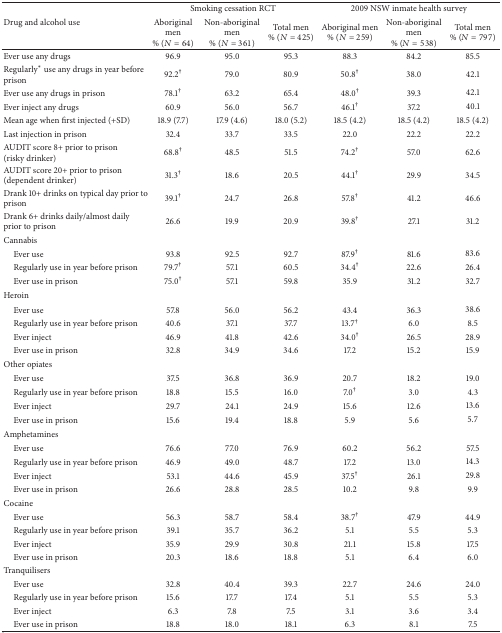
<table><thead><tr><td rowspan="2"><b>Drug and alcohol use </b></td><td colspan="3"><b>Smoking cessation RCT</b></td><td colspan="3"><b>2009 NSW inmate health survey</b></td></tr><tr><td><b>Aboriginal men % (<i>N</i> = 64)</b></td><td><b>Non-aboriginal men % (<i>N</i> = 361)</b></td><td><b>Total men% (<i>N</i> = 425)</b></td><td><b>Aboriginal men % (<i>N</i> = 259)</b></td><td><b>Non-aboriginal men % (<i>N</i> = 538)</b></td><td><b>Total men% (<i>N</i> = 797)</b></td></tr></thead><tbody><tr><td>Ever use any drugs</td><td>96.9</td><td>95.0</td><td>95.3</td><td>88.3</td><td>84.2</td><td>85.5</td></tr><tr><td>Regularly* use any drugs in year before prison</td><td>92.2<sup>†</sup></td><td>79.0</td><td>80.9</td><td>50.8<sup>†</sup></td><td>38.0</td><td>42.1</td></tr><tr><td>Ever use any drugs in prison</td><td>78.1<sup>†</sup></td><td>63.2</td><td>65.4</td><td>48.0<sup>†</sup></td><td>39.3</td><td>42.1</td></tr><tr><td>Ever inject any drugs</td><td>60.9</td><td>56.0</td><td>56.7</td><td>46.1<sup>†</sup></td><td>37.2</td><td>40.1</td></tr><tr><td>Mean age when first injected (+SD)</td><td>18.9 (7.7)</td><td>17.9 (4.6)</td><td>18.0 (5.2)</td><td>18.5 (4.2)</td><td>18.5 (4.2)</td><td>18.5 (4.2)</td></tr><tr><td>Last injection in prison</td><td>32.4</td><td>33.7</td><td>33.5</td><td>22.0</td><td>22.2</td><td>22.2</td></tr><tr><td>AUDIT score 8+ prior to prison (risky drinker)</td><td>68.8<sup>†</sup></td><td>48.5</td><td>51.5</td><td>74.2<sup>†</sup></td><td>57.0</td><td>62.6</td></tr><tr><td>AUDIT score 20+ prior to prison (dependent drinker)</td><td>31.3<sup>†</sup></td><td>18.6</td><td>20.5</td><td>44.1<sup>†</sup></td><td>29.9</td><td>34.5</td></tr><tr><td>Drank 10+ drinks on typical day prior to prison</td><td>39.1<sup>†</sup></td><td>24.7</td><td>26.8</td><td>57.8<sup>†</sup></td><td>41.2</td><td>46.6</td></tr><tr><td>Drank 6+ drinks daily/almost daily prior to prison</td><td>26.6</td><td>19.9</td><td>20.9</td><td>39.8<sup>†</sup></td><td>27.1</td><td>31.2</td></tr><tr><td>Cannabis</td><td> </td><td> </td><td> </td><td> </td><td> </td><td> </td></tr><tr><td> Ever use</td><td>93.8</td><td>92.5</td><td>92.7</td><td>87.9<sup>†</sup></td><td>81.6</td><td>83.6</td></tr><tr><td> Regularly use in year before prison</td><td>79.7<sup>†</sup></td><td>57.1</td><td>60.5</td><td>34.4<sup>†</sup></td><td>22.6</td><td>26.4</td></tr><tr><td> Ever use in prison</td><td>75.0<sup>†</sup></td><td>57.1</td><td>59.8</td><td>35.9</td><td>31.2</td><td>32.7</td></tr><tr><td>Heroin</td><td> </td><td> </td><td> </td><td> </td><td> </td><td> </td></tr><tr><td> Ever use</td><td>57.8</td><td>56.0</td><td>56.2</td><td>43.4</td><td>36.3</td><td>38.6</td></tr><tr><td> Regularly use in year before prison</td><td>40.6</td><td>37.1</td><td>37.7</td><td>13.7<sup>†</sup></td><td>6.0</td><td>8.5</td></tr><tr><td> Ever inject</td><td>46.9</td><td>41.8</td><td>42.6</td><td>34.0<sup>†</sup></td><td>26.5</td><td>28.9</td></tr><tr><td> Ever use in prison</td><td>32.8</td><td>34.9</td><td>34.6</td><td>17.2</td><td>15.2</td><td>15.9</td></tr><tr><td>Other opiates</td><td> </td><td> </td><td> </td><td> </td><td> </td><td> </td></tr><tr><td> Ever use</td><td>37.5</td><td>36.8</td><td>36.9</td><td>20.7</td><td>18.2</td><td>19.0</td></tr><tr><td> Regularly use in year before prison</td><td>18.8</td><td>15.5</td><td>16.0</td><td>7.0<sup>†</sup></td><td>3.0</td><td>4.3</td></tr><tr><td> Ever inject</td><td>29.7</td><td>24.1</td><td>24.9</td><td>15.6</td><td>12.6</td><td>13.6</td></tr><tr><td> Ever use in prison</td><td>15.6</td><td>19.4</td><td>18.8</td><td>5.9</td><td>5.6</td><td>5.7</td></tr><tr><td>Amphetamines</td><td> </td><td> </td><td> </td><td> </td><td> </td><td> </td></tr><tr><td> Ever use</td><td>76.6</td><td>77.0</td><td>76.9</td><td>60.2</td><td>56.2</td><td>57.5</td></tr><tr><td> Regularly use in year before prison</td><td>46.9</td><td>49.0</td><td>48.7</td><td>17.2</td><td>13.0</td><td>14.3</td></tr><tr><td> Ever inject</td><td>53.1</td><td>44.6</td><td>45.9</td><td>37.5<sup>†</sup></td><td>26.1</td><td>29.8</td></tr><tr><td> Ever use in prison</td><td>26.6</td><td>28.8</td><td>28.5</td><td>10.2</td><td>9.8</td><td>9.9</td></tr><tr><td>Cocaine</td><td> </td><td> </td><td> </td><td> </td><td> </td><td> </td></tr><tr><td> Ever use</td><td>56.3</td><td>58.7</td><td>58.4</td><td>38.7<sup>†</sup></td><td>47.9</td><td>44.9</td></tr><tr><td> Regularly use in year before prison</td><td>39.1</td><td>35.7</td><td>36.2</td><td>5.1</td><td>5.5</td><td>5.3</td></tr><tr><td> Ever inject</td><td>35.9</td><td>29.9</td><td>30.8</td><td>21.1</td><td>15.8</td><td>17.5</td></tr><tr><td> Ever use in prison</td><td>20.3</td><td>18.6</td><td>18.8</td><td>5.1</td><td>6.4</td><td>6.0</td></tr><tr><td>Tranquilisers</td><td> </td><td> </td><td> </td><td> </td><td> </td><td> </td></tr><tr><td> Ever use</td><td>32.8</td><td>40.4</td><td>39.3</td><td>22.7</td><td>24.6</td><td>24.0</td></tr><tr><td> Regularly use in year before prison</td><td>15.6</td><td>17.7</td><td>17.4</td><td>5.1</td><td>5.5</td><td>5.3</td></tr><tr><td> Ever inject</td><td>6.3</td><td>7.8</td><td>7.5</td><td>3.1</td><td>3.6</td><td>3.4</td></tr><tr><td> Ever use in prison</td><td>18.8</td><td>18.0</td><td>18.1</td><td>6.3</td><td>8.1</td><td>7.5</td></tr></tbody></table>